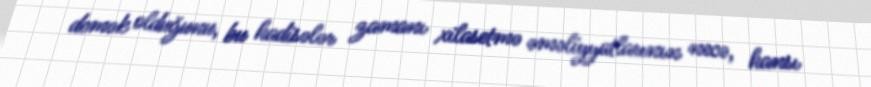
demək olduğunu, bu hadisələr zamanı xilasetmə əməliyyatlarının necə, hansı